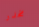
مخدر